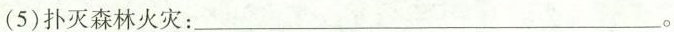
(5)扑灭森林火灾：___。